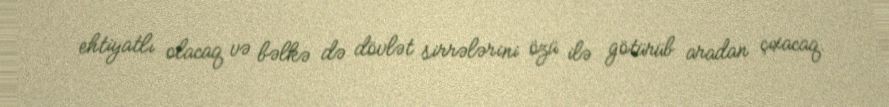
ehtiyatlı olacaq və bəlkə də dövlət sirrələrini özü ilə götürüb aradan çıxacaq.